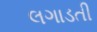
લગાડતી